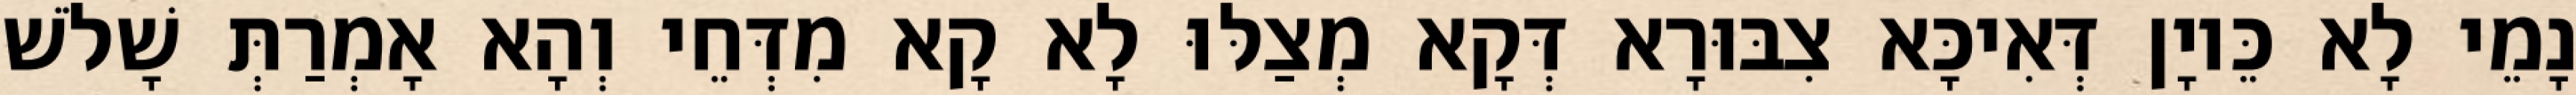
נָמֵי לָא כֵּיוָן דְּאִיכָּא צִבּוּרָא דְּקָא מְצַלּוּ לָא קָא מִדְּחֵי וְהָא אָמְרַתְּ שָׁלֹשׁ